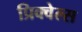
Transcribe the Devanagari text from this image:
प्रिक्वेल्स